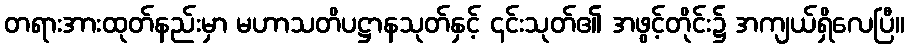
တရားအားထုတ်နည်းမှာ မဟာသတိပဋ္ဌာနသုတ်နှင့် ၎င်းသုတ်၏ အဖွင့်တိုင်း၌ အကျယ်ရှိလေပြီ။